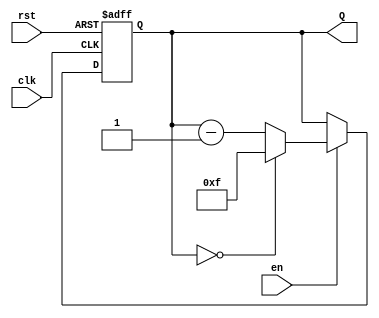
module binary_down_counter #(
    parameter n = 4  // Parameter to define the number of bits
)(
    input wire clk,   // Clock signal
    input wire rst,   // Asynchronous reset signal
    input wire en,    // Enable signal
    output reg [n-1:0] Q  // Current count value
);

    // Maximum value for the counter
    localparam MAX_COUNT = (1 << n) - 1; // 2^n - 1

    // Always block triggered on the rising edge of the clock
    always @(posedge clk or posedge rst) begin
        if (rst) begin
            // Asynchronous reset: set counter to maximum value
            Q <= MAX_COUNT;
        end else if (en) begin
            // Enable is high: decrement the counter
            if (Q == 0) begin
                Q <= MAX_COUNT; // Roll over to maximum value
            end else begin
                Q <= Q - 1; // Decrement the counter
            end
        end
        // If enable is low, do nothing (retain current value)
    end

endmodule